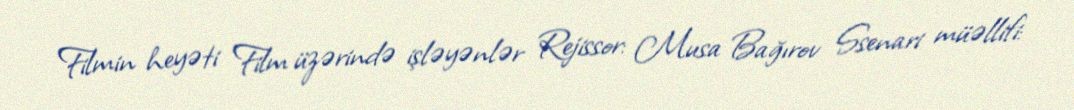
Filmin heyəti Film üzərində işləyənlər Rejissor: Musa Bağırov Ssenari müəllifi: